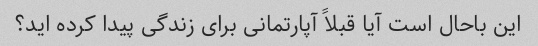
این باحال است آیا قبلاً آپارتمانی برای زندگی پیدا کرده اید؟